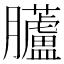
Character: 𱢼